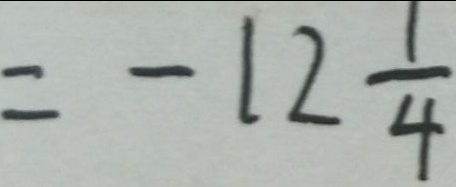
= - 1 2 \frac { 1 } { 4 }